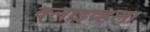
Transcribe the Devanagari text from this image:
क्लाइव्हला